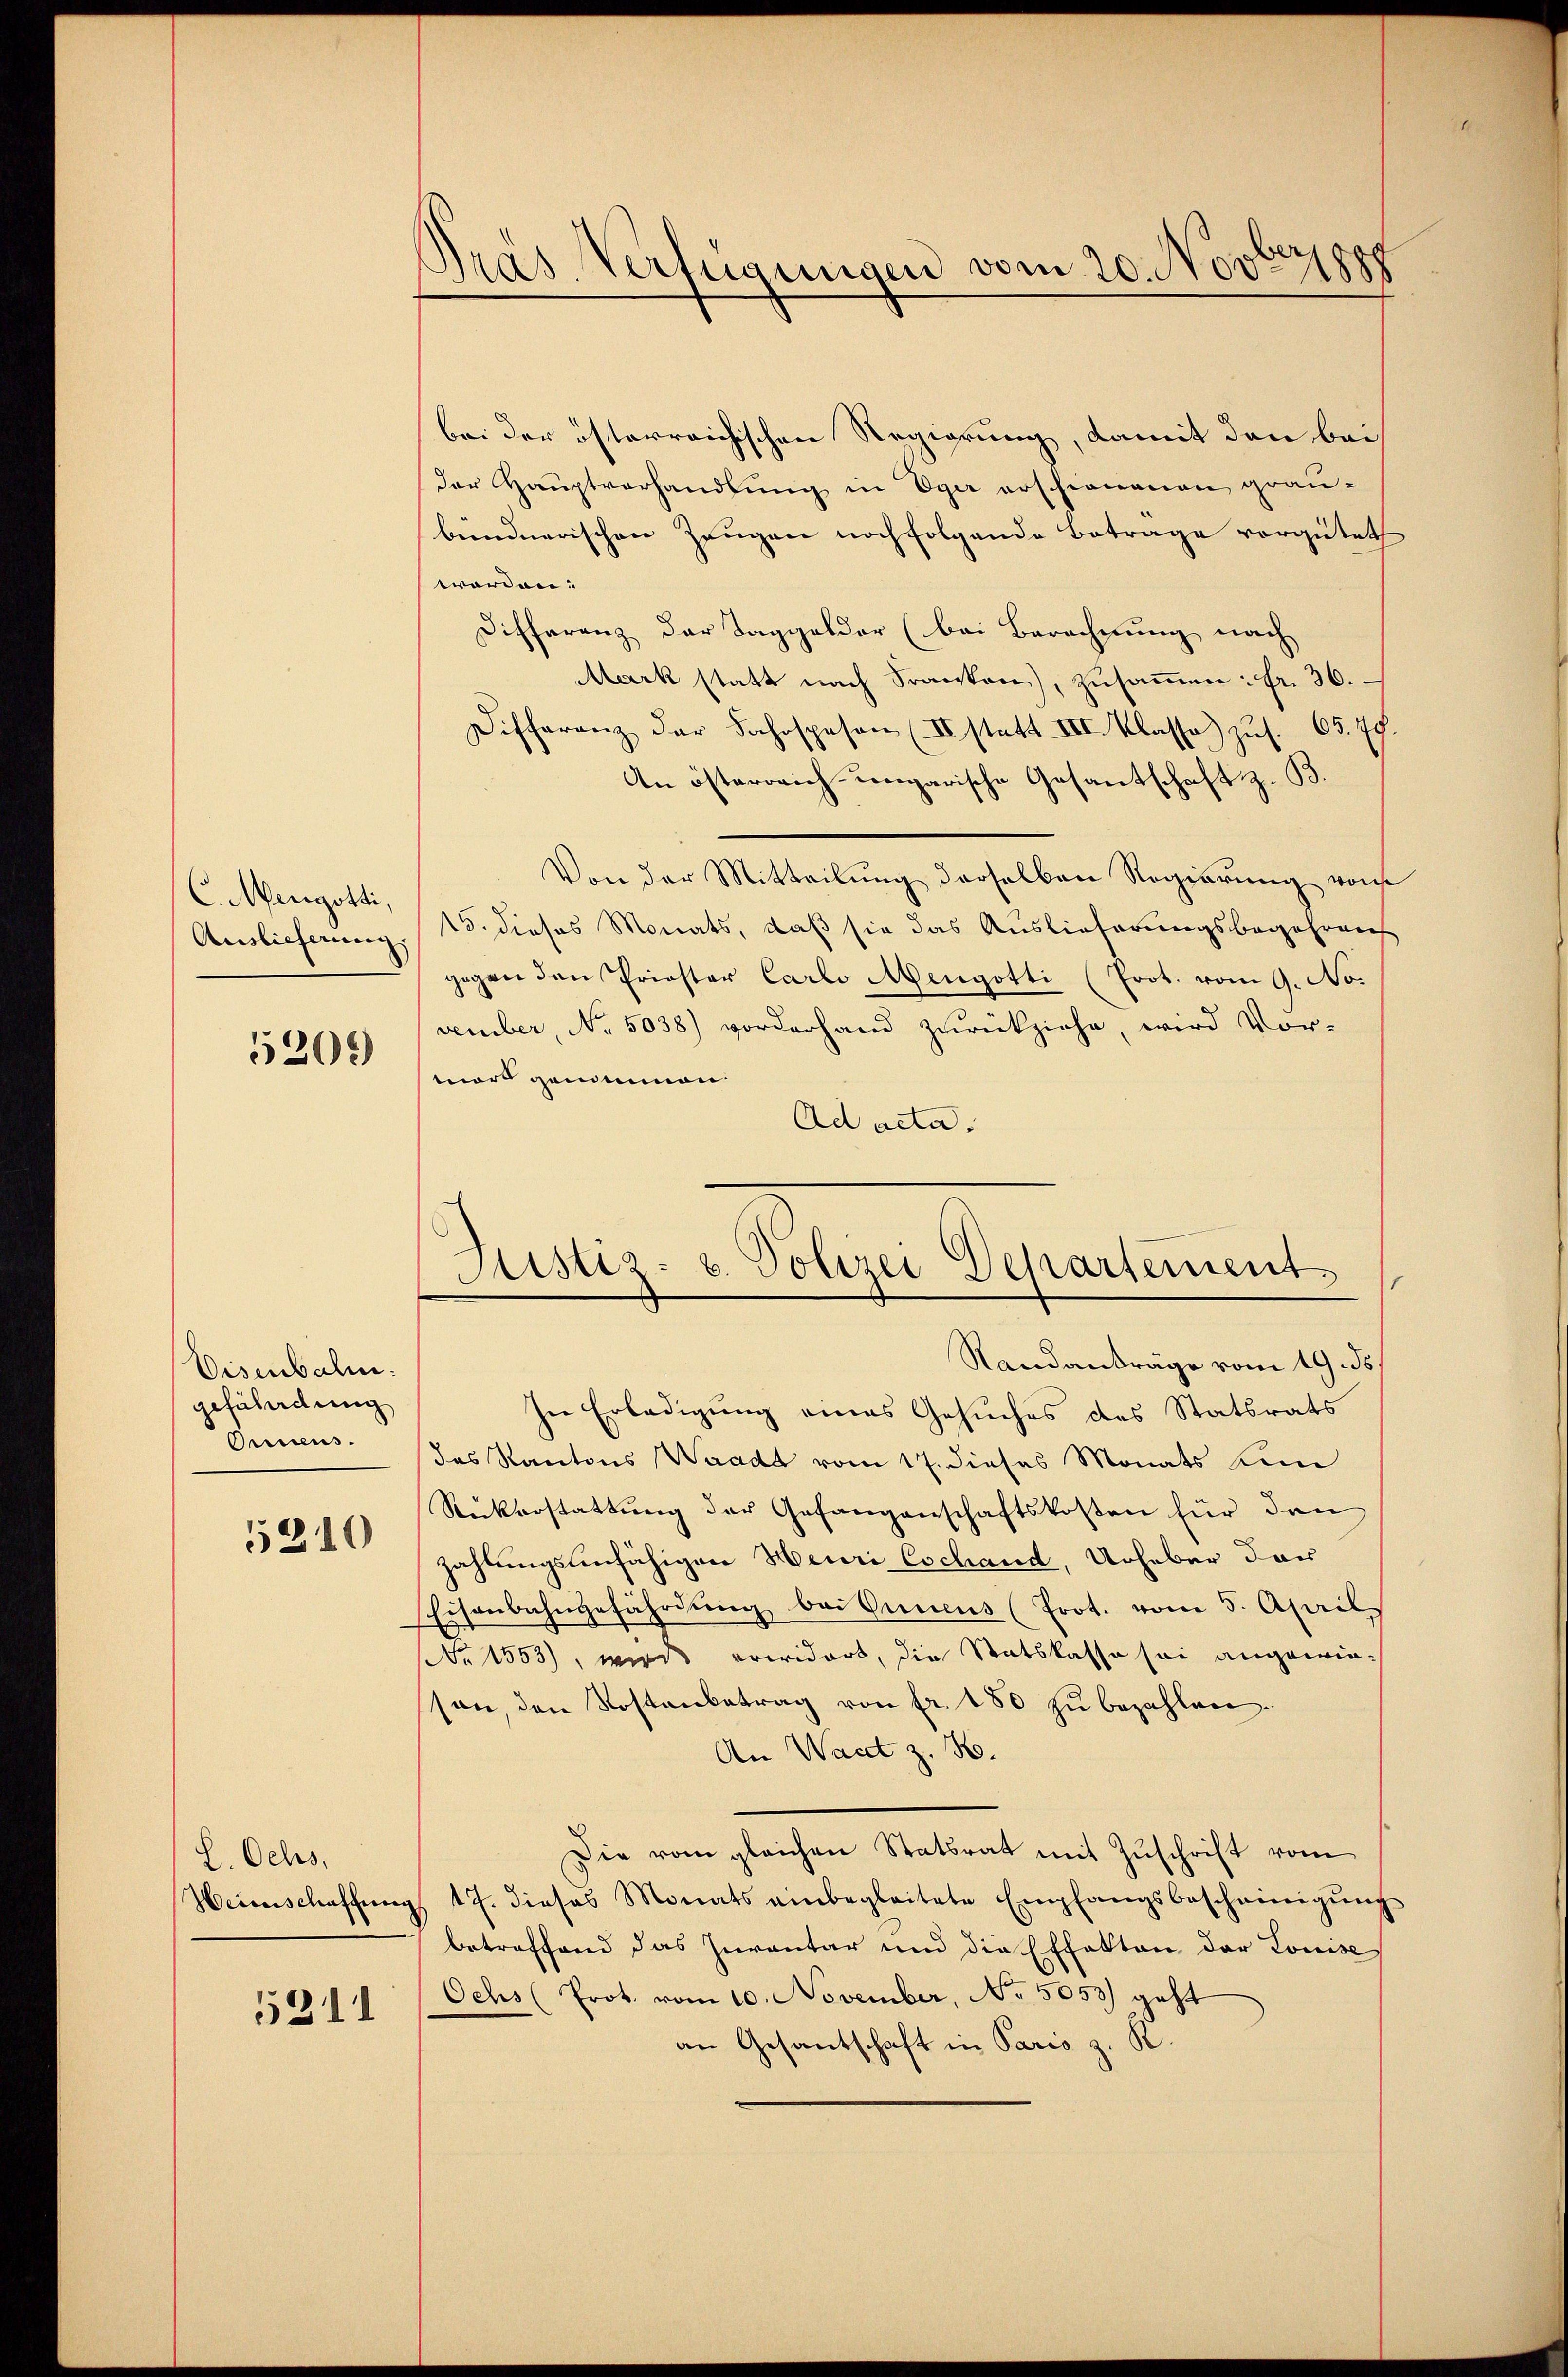
C. Mengotti,
Auslieferung.

5206)

Eisenbahn.
gefährdung
Oeus.
5210

L. Ochs,

5311

Pras Verfügungen vom 20. Novbryppp

bei der österreichischen Regierung, damit den bei
Der Hauptvorhandlung in Eger erschienenen graubündnerischen Zeugen noch folgende Betrage vorgütet
worden:
Differenz der Taggelder (bei Berechnung nach
Mark statt nach Franken), zusammen: fr. 36.
Differenz der Fahrspesen (II statt III. Klasse) zus. 65. 79.
An österrich ungarische Gesantschaft z. B.
Von der Mitteilŭng derselben Regierung von
15. dieses Monats, daß sie das Auslieferungsbegehrens
gegen den Priester Carlo Mengotti (Prot. vom 9. No.
vember, No. 5038) vorderhand zurückziehe, wird Vor-
mort genommen.
Ad acta.

Justiz- u. Polizei Departement.

Randanträge vom 19. ds.
In Erledigung eines Gesuches des Statsrats
Das Kantons Waadt vom 17. dieses Monats un
Rickerstattung der Gefangenschaftskosten für den
zahlungsinfähigen Meuri Cochand, Urheber dar
Eisenbahngefährdŭng bei Simeus (Prot. vom 5. April
No 1553), wurde erwidert, die Statskasse sei angewieson, den Kostenbetrag von fr. 180 zu bezahlen.
An Wart z. B.
Die vom gleichen Statsrat mit Zuschrift vom
Heimschaffŭng 17. dieses Monats einbegleitete Empfangsbescheinigŭng
betreffend das Inventar und die Effekten der Louise
Ochs (Prot. vom 10. November, No 5053) geht
an Gesantschaft in Paris z. R.